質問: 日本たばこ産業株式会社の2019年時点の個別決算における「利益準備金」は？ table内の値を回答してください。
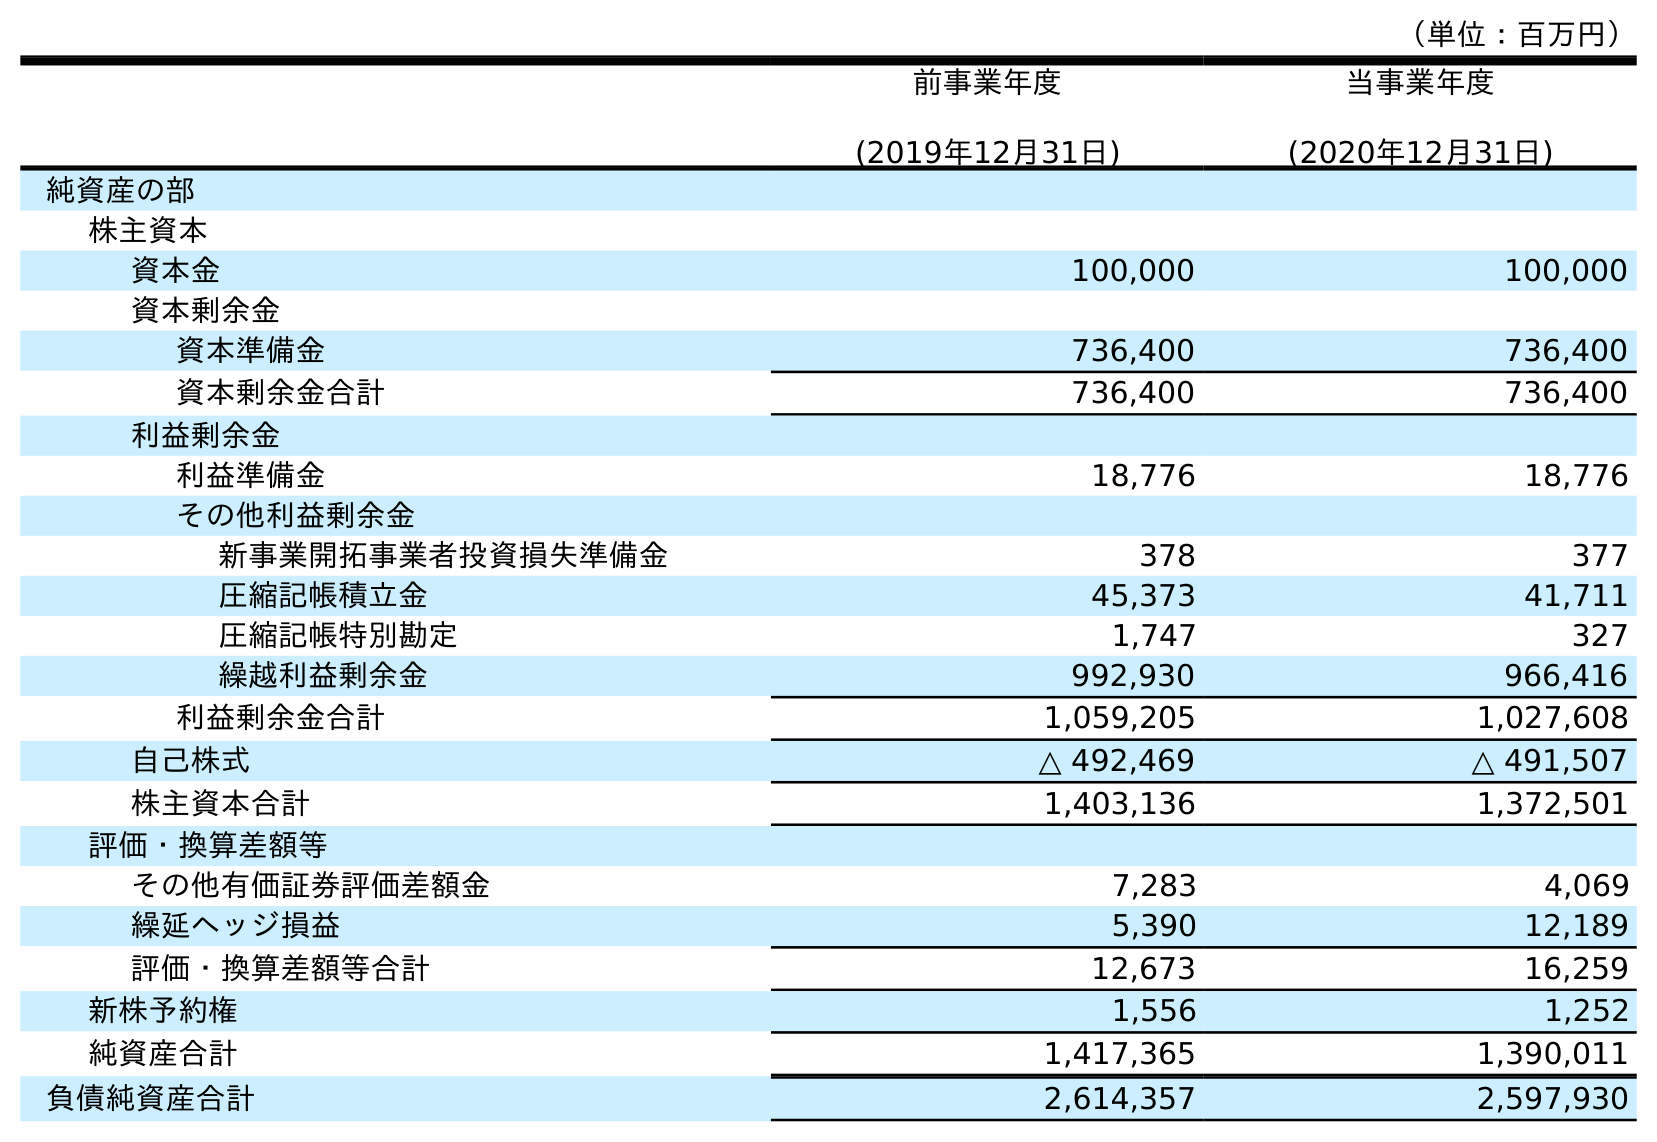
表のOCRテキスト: （単位：百万円） 前事業年度 (2019年12月31日) 当事業年度 (2020年12月31日) 純資産の部 株主資本 資本金 100,000 100,000 資本剰余金 資本準備金 736,400 736,400 資本剰余金合計 736,400 736,400 利益剰余金 利益準備金 18,776 18,776 その他利益剰余金 新事業開拓事業者投資損失準備金 378 377 圧縮記帳積立金 45,373 41,711 圧縮記帳特別勘定 1,747 327 繰越利益剰余金 992,930 966,416 利益剰余金合計 1,059,205 1,027,608 自己株式 △ 492,469 △ 491,507 株主資本合計 1,403,136 1,372,501 評価・換算差額等 その他有価証券評価差額金 7,283 4,069 繰延ヘッジ損益 5,390 12,189 評価・換算差額等合計 12,673 16,259 新株予約権 1,556 1,252 純資産合計 1,417,365 1,390,011 負債純資産合計 2,614,357 2,597,930
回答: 18,776